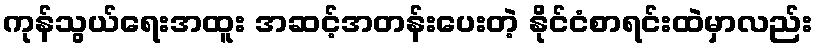
ကုန်သွယ်ရေးအထူး အဆင့်အတန်းပေးတဲ့ နိုင်ငံစာရင်းထဲမှာလည်း